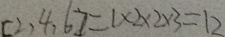
[ 2 , 4 , 6 ] = 1 \times 2 \times 2 \times 3 = 1 2